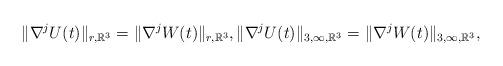
LaTeX: \begin{align*}\|\nabla^jU(t)\|_{r,\mathbb R^3}=\|\nabla^jW(t)\|_{r,\mathbb R^3}, \|\nabla^jU(t)\|_{3,\infty,\mathbb R^3}=\|\nabla^jW(t)\|_{3,\infty,\mathbb R^3},\end{align*}